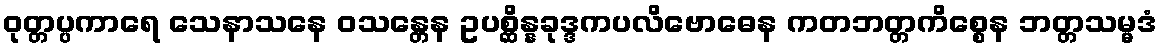
ဝုတ္တပ္ပကာရေ သေနာသနေ ဝသန္တေန ဥပစ္ဆိန္နခုဒ္ဒကပလိဗောဓေန ကတဘတ္တကိစ္စေန ဘတ္တသမ္မဒံ